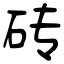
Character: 砖